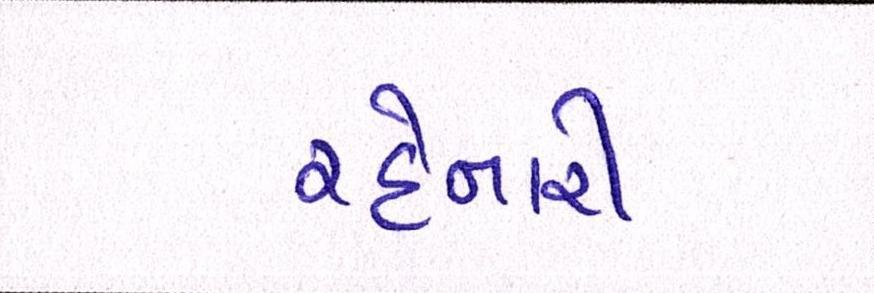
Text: રહેનારી